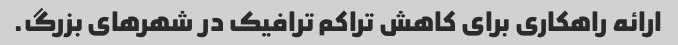
ارائه راهکاری برای کاهش تراکم ترافیک در شهرهای بزرگ.